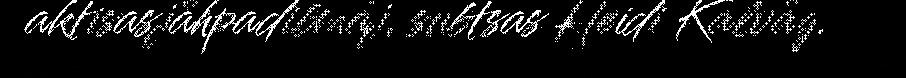
aktisasjåhpadibmáj, subtsas Heidi Kalvåg.